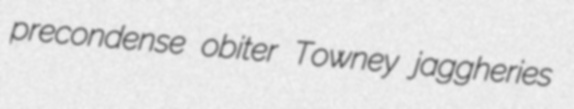
precondense obiter Towney jaggheries